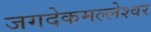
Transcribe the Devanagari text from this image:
जगदेकमल्लेश्वर